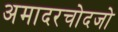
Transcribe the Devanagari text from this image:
अमादरचोदजो